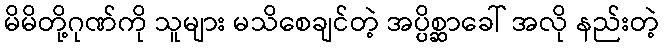
မိမိတို့ဂုဏ်ကို သူများ မသိစေချင်တဲ့ အပ္ပိစ္ဆာခေါ် အလို နည်းတဲ့